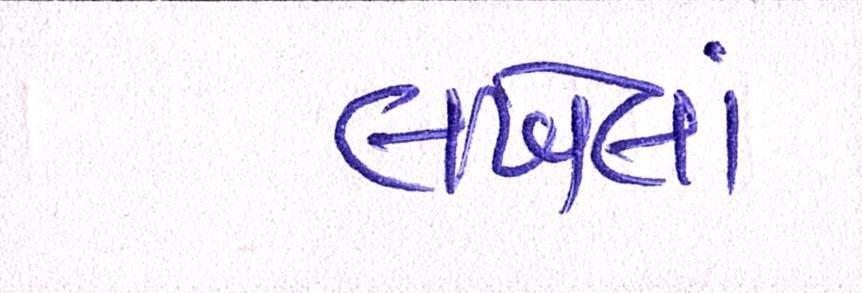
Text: લખેલાં